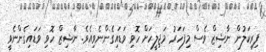
ފިރިކަލުން ނާޝިޒް ވެސް މިފަހަރު މަޖިލީހަށް ހޮވި ވަޑައިގެންނެވިއެވެ. ނާޝިޒް ހޮވި ވަޑައިގެންނެވީ